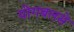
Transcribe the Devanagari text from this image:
योगबलसे